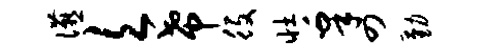
宴欠希役壮皋四勤